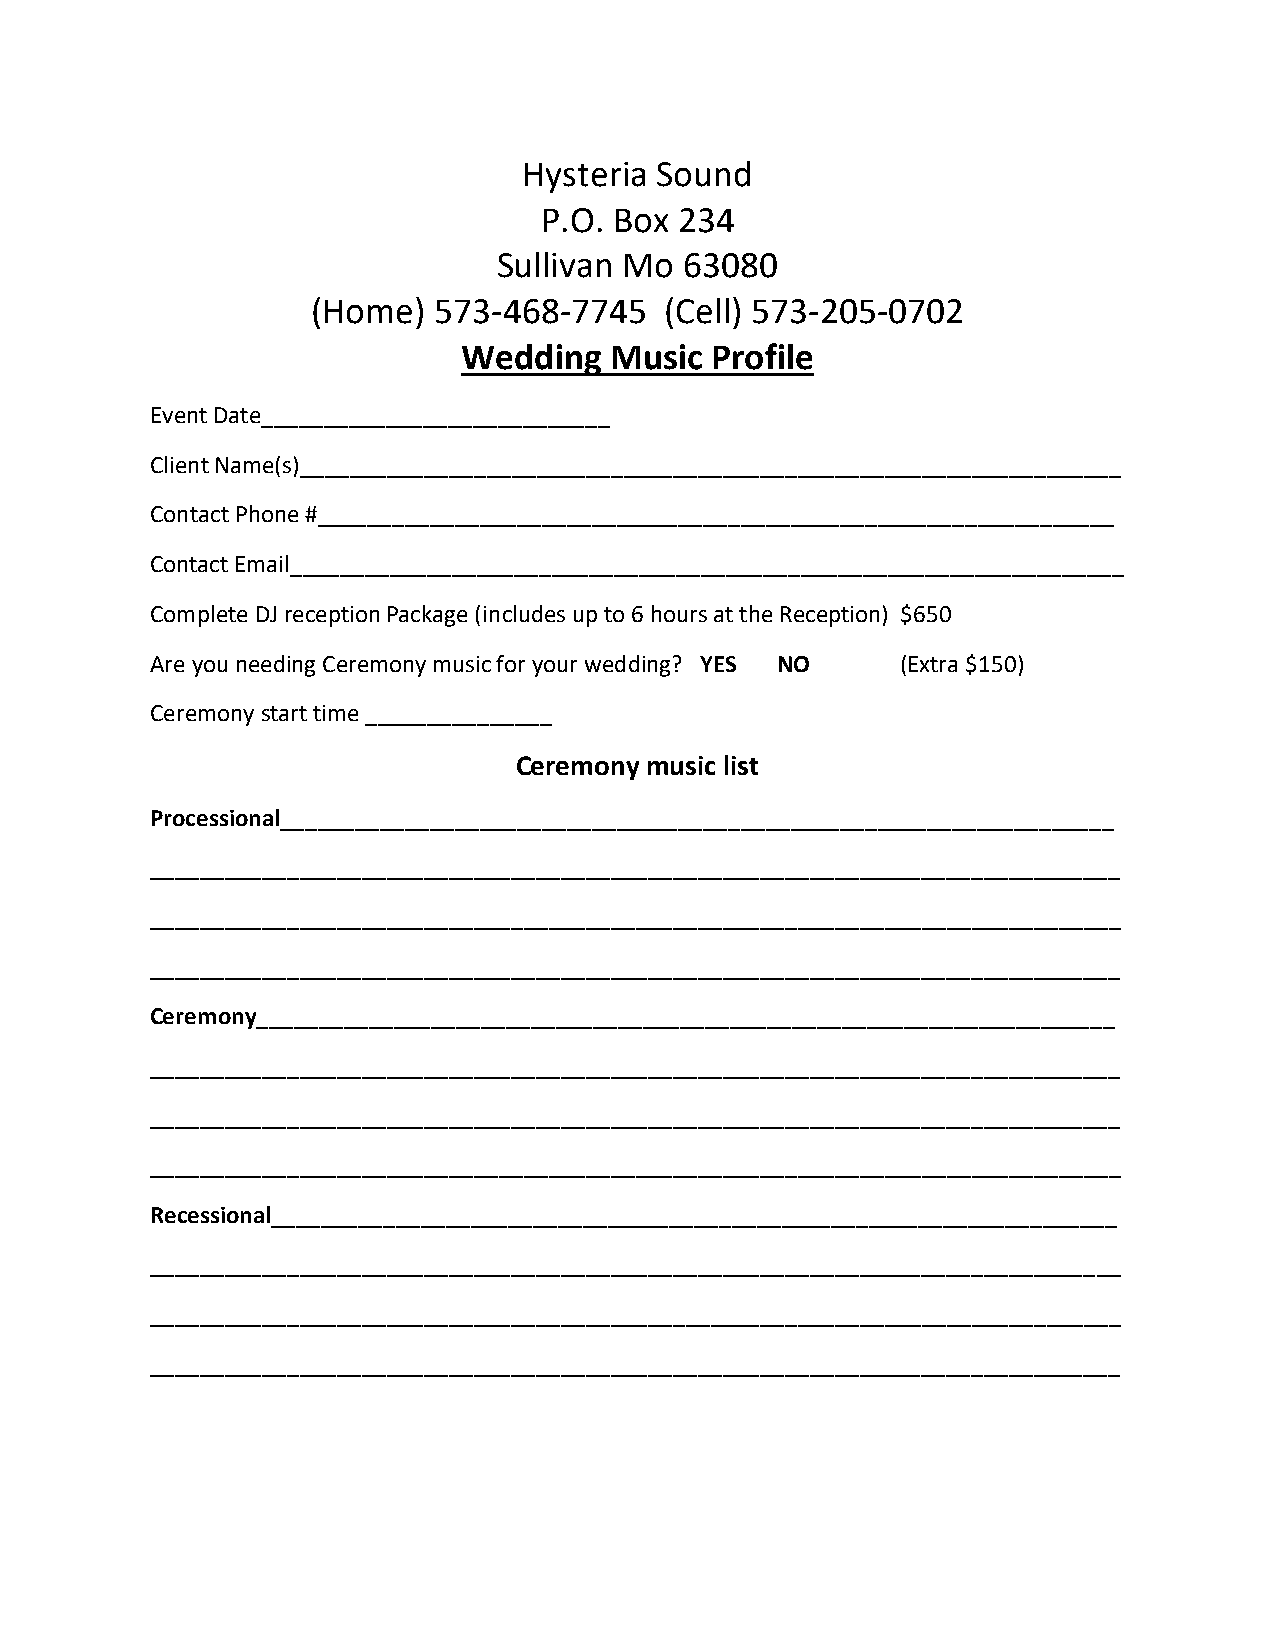
Hysteria Sound
 P.O. Box 234
 Sullivan Mo 63080
 (Home)  573-468-7745   (Cell) 573-205-0702
 Wedding  Music  Profile
 Event Date____________________________
 Client Name(s)__________________________________________________________________
 Contact Phone #________________________________________________________________
 Contact Email___________________________________________________________________
 Complete DJ reception Package (includes up to 6 hours at the Reception) $650
 Are you needing Ceremony music for your wedding? YES NO (Extra $150)
 Ceremony start time _______________
 Ceremony music list
 Processional___________________________________________________________________
 ______________________________________________________________________________
 ______________________________________________________________________________
 ______________________________________________________________________________
 Ceremony_____________________________________________________________________
 ______________________________________________________________________________
 ______________________________________________________________________________
 ______________________________________________________________________________
 Recessional____________________________________________________________________
 ______________________________________________________________________________
 ______________________________________________________________________________
 ______________________________________________________________________________